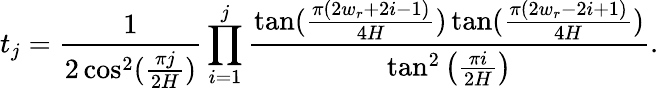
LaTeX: t_{j}=\frac{1}{2\cos^{2}(\frac{\pi j}{2H})}\prod_{i=1}^{j}\frac{\tan(\frac{\pi(2w_{r}+2i-1)}{4H})\tan(\frac{\pi(2w_{r}-2i+1)}{4H})}{\tan^{2}\left(\frac{\pi i}{2H}\right)}.